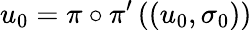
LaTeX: u_{0}=\pi\circ\pi^{\prime}\left(\left(u_{0},\sigma_{0}\right)\right)